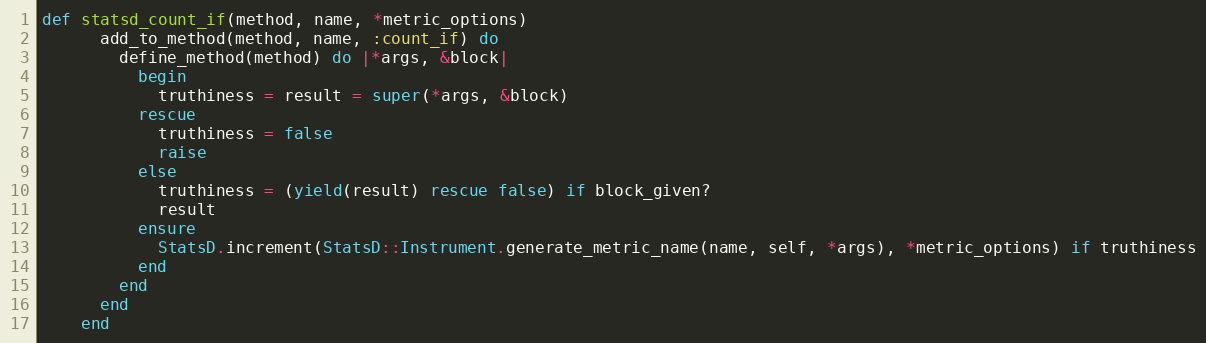
Language: Ruby
def statsd_count_if(method, name, *metric_options)
      add_to_method(method, name, :count_if) do
        define_method(method) do |*args, &block|
          begin
            truthiness = result = super(*args, &block)
          rescue
            truthiness = false
            raise
          else
            truthiness = (yield(result) rescue false) if block_given?
            result
          ensure
            StatsD.increment(StatsD::Instrument.generate_metric_name(name, self, *args), *metric_options) if truthiness
          end
        end
      end
    end